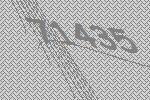
71435